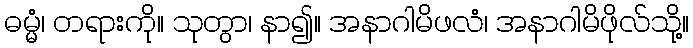
ဓမ္မံ၊ တရားကို။ သုတွာ၊ နာ၍။ အနာဂါမိဖလံ၊ အနာဂါမိဖိုလ်သို့။